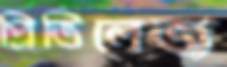
প্রিভিলেজ